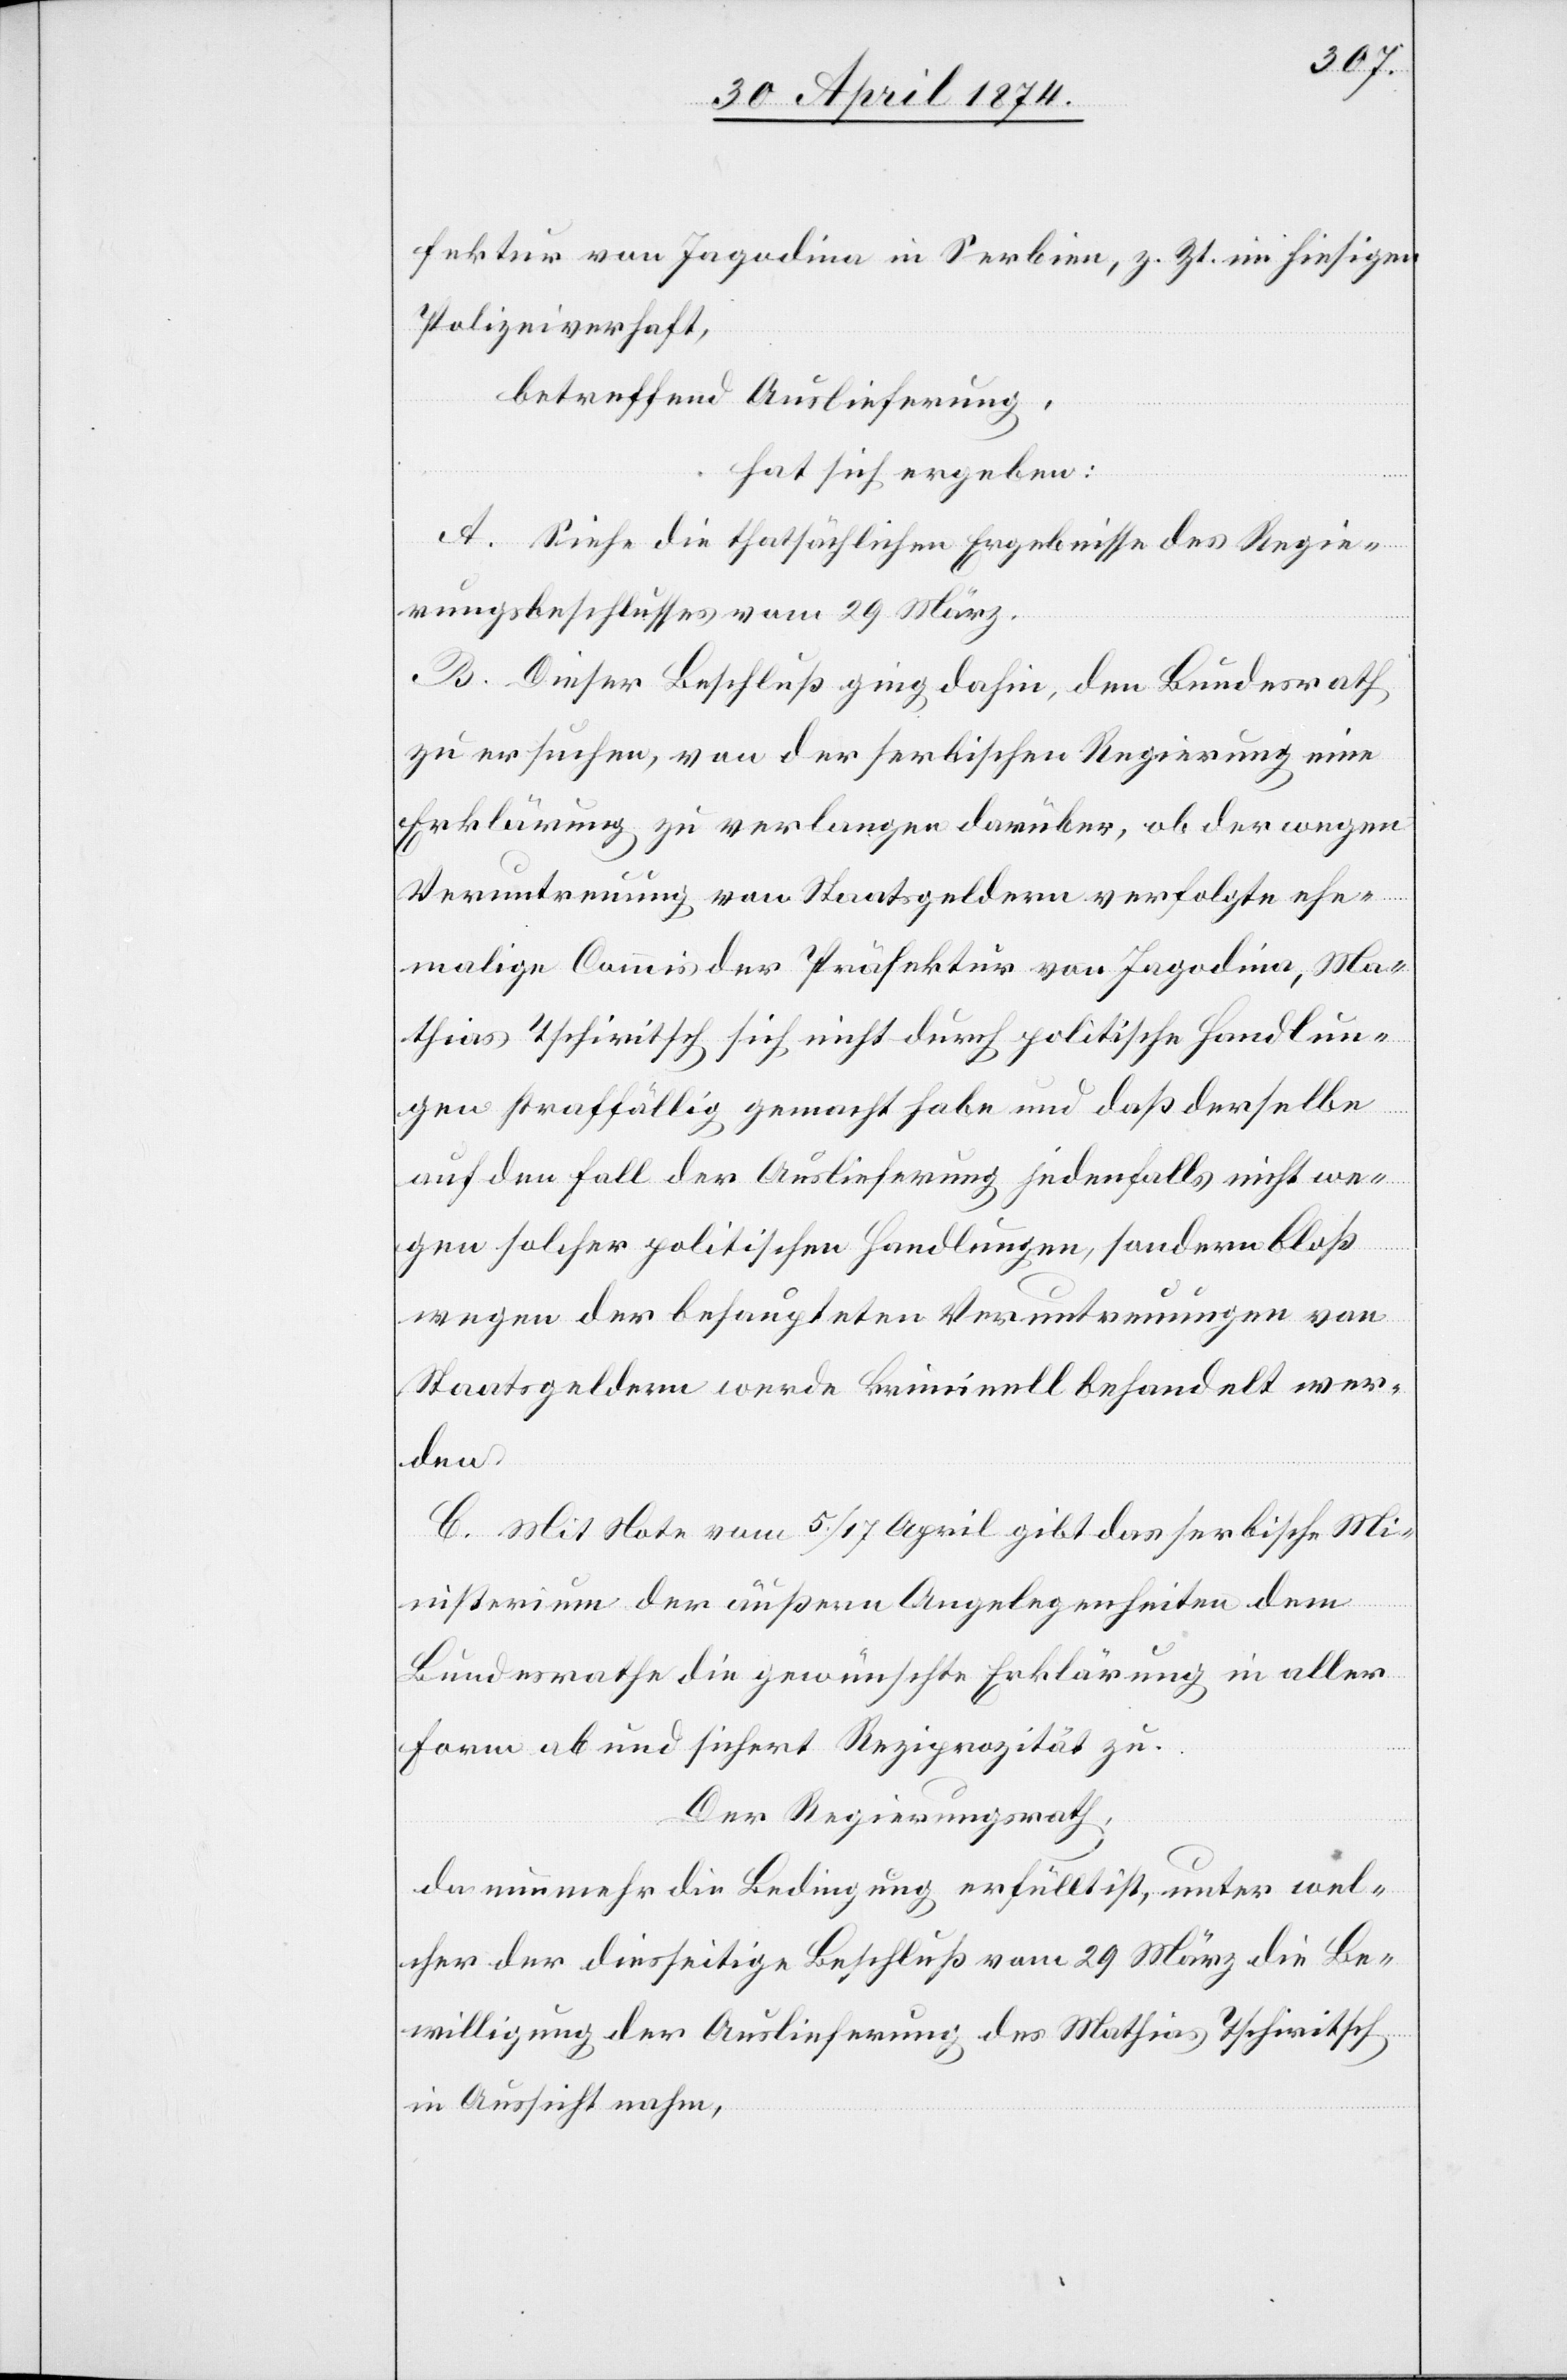
fektur von Jagodina in Serbien, z. Zt. im hiesigen
Polizeiverhaft,
betreffend Auslieferung,
hat sich ergeben:
A. Siehe die thatsächlichen Ergebnisse des Regie¬
rungsbeschlusses vom 29. März.
B. Dieser Beschluß ging dahin, den Bundesrath
zu ersuchen, von der serbischen Regierung eine
Erklärung zu verlangen darüber, ob der wegen
Veruntreuung von Staatsgeldern verfolgte ehe¬
malige Commis der Präfektur von Jagodina, Ma¬
thias Tschiritsch sich nicht durch politische Handlun¬
gen straffällig gemacht habe und daß derselbe
auf den Fall der Auslieferung jedenfalls nicht we¬
gen solcher politischen Handlungen, sondern bloß
wegen der behaupteten Veruntreuungen von
Staatsgeldern werden kriminell behandelt wer¬
den.
C. Mit Note vom 4./17. April gibt das serbische Mi¬
nisterium der äußern Angelegenheiten dem
Bundesrathe die gewünschte Erklärung in aller
Form ab und sichert Reziprozität zu.
Der Regierungsrath,
da nunmehr die Bedingung erfüllt ist, unter wel¬
cher der diesseitige Beschluß vom 29. März die Be¬
willigung der Auslieferung des Mathias Tschiritsch
in Aussicht nahm,